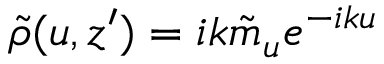
\tilde { \rho } ( u , z ^ { \prime } ) = i k \tilde { m } _ { u } e ^ { - i k u }